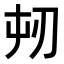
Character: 𭃔